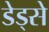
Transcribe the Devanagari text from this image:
डेड्से